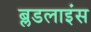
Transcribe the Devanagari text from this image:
ब्लडलाइंस